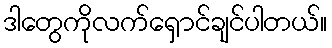
ဒါတွေကိုလက်ရှောင်ချင်ပါတယ်။